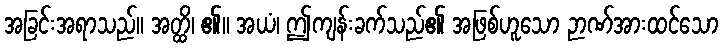
အခြင်းအရာသည်။ အတ္ထိ၊ ၏။ အယံ၊ ဤကျန်းခက်သည်၏ အဖြစ်ဟူသော ဉာဏ်အားထင်သော